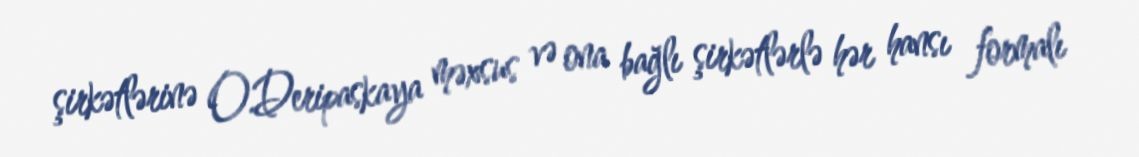
şirkətlərinə O.Deripaskaya məxsus və ona bağlı şirkətlərlə hər hansı formalı